Report on vaccination in the Province of Bengal - 1869-1873
Year: 1869
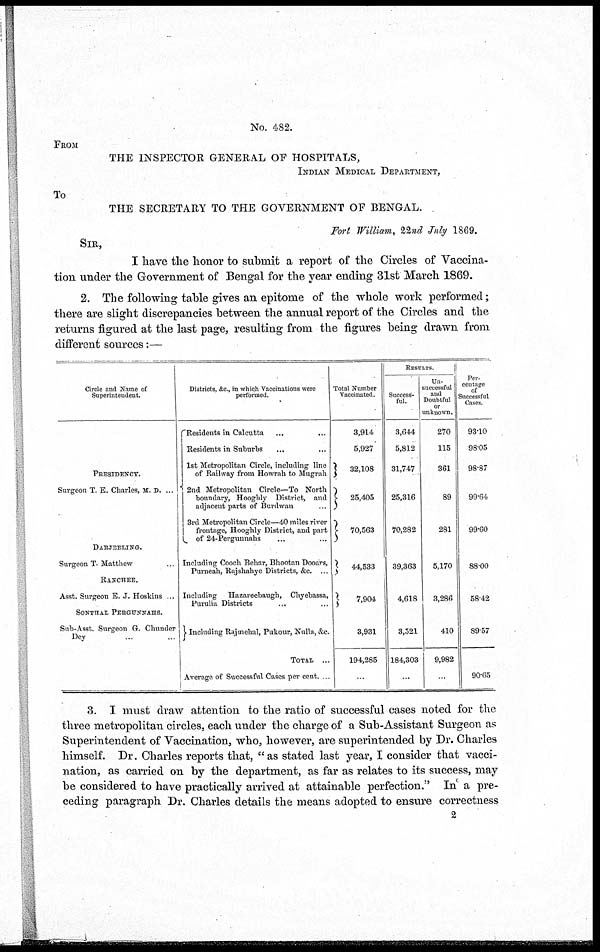
No. 482.
FROM
THE INSPECTOR GENERAL OF HOSPITALS,
INDIAN MEDICAL DEPARTMENT,
To
THE SECRETARY TO THE GOVERNMENT OF BENGAL.
Fort William, 22nd July 1869.
SIR,
I have the honor to submit a report of the Circles of Vaccina-
tion under the Government of Bengal for the year ending 31st March 1869.
2. The following table gives an epitome of the whole work performed;
there are slight discrepancies between the annual report of the Circles and the
returns figured at the last page, resulting from the figures being drawn from
different sources:—
Circle and Name of
Superintendent.
PRESIDENCY
Surgeon T. E. Charles, M. D. ...
DARJEELING.
Surgeon T. Matthew ...
RANCHEE.
Asst. Surgeon E. J. Hoskins ...
SONTHAL PERGUNNAHS.
Sub-Asst. Surgeon G. Chunder
Dey ... ...
Districts, &c, in which Vaccinations were
performed.
Residents in Calcutta ... ...
Residents in Suburbs ... ...
1st Metropolitan Circle, including line
of Railway from Howrah to Mugrah
2nd Metropolitan Circle—To North
boundary, Hooghly District, and
adjacent parts of Burdwan
...
3rd Metropolitan Circle—40 miles river
frontage, Hooghly District, and part
of 24-Pergunnahs ... ...
Including Cooch Behar, Bhootan Dooars,
Purneah, Rajshahye Districts, &c. ...
Including Hazareebaugh, Chyebassa,
Puruha Districts ... ...
Including Rajinehal, Pukour, Nulla, &c.
TOTAL ...
Average of Successful Cases per cent. ...
Total Number
Vaccinated.
3,914
5,927
32,108
25,405
70,563
44,533
7,904
3,931
194,285
...
RESULTS.
Success-
ful.
3,644
5,812
31,747
25,316
70,282
39,363
4,618
3,521
184,303
...
Un-
successful
and
Doubtful
or
unknown.
270
115
361
89
281
5,170
3,286
410
9,982
...
Per-
centage
of
Successful
Cases
93.10
98.05
98.87
99.64
99.60
88.00
58.42
89.57
90.65
3. I must draw attention to the ratio of successful cases noted for the
three metropolitan circles, each under the charge of a Sub-Assistant Surgeon as
Superintendent of Vaccination, who, however, are superintended by Dr. Charles
himself. Dr. Charles reports that, "as stated last year, I consider that vacci-
nation, as carried on by the department, as far as relates to its success, may
be considered to have practically arrived at attainable perfection." In a pre-
ceding paragraph Dr. Charles details the means adopted to ensure correctness
2